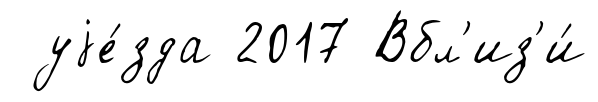
уjе́зда 2017 Вбл'из'и́